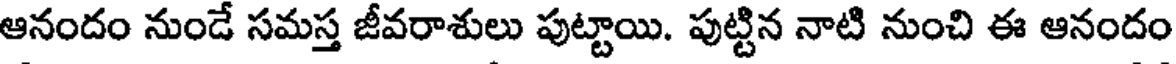
ఆనందం నుండే సమస్త జీవరాశులు పుట్టాయి. పుట్టిన నాటి నుంచి ఈ ఆనందం